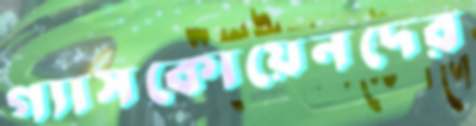
গ্যাসকোয়েনদের